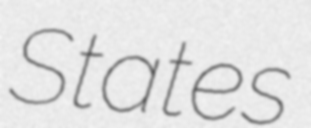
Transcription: States